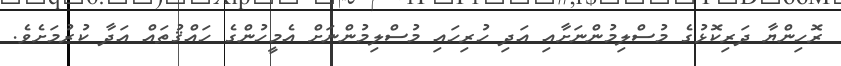
ރޮހިންޔާ ދަރިކޮޅުގެ މުސްލިމުންނަށާއި އަދި ހުރިހައި މުސްލިމުންނަށް އެމީހުންގެ ހައްޤުތައް އަދާ ކުރުމަށެވެ.